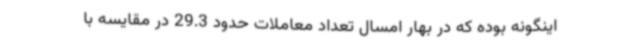
اینگونه بوده که در بهار امسال تعداد معاملات حدود 29.3 در مقایسه با